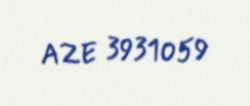
AZE 3931059